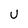
Character: U